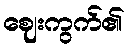
ဈေးကွက်၏